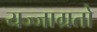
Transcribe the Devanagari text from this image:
यज्जाग्रतो